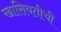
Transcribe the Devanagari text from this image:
खासियतीची